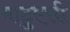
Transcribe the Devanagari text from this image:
माटुएसी